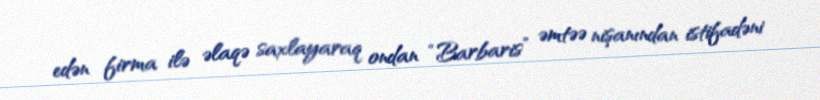
edən firma ilə əlaqə saxlayaraq ondan “Barbaris” əmtəə nişanından istifadəni